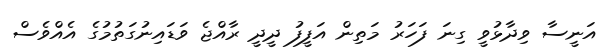
އަނީސާ ވިދާޅުވީ ގިނަ ފަހަރު މަތިން އަފީފު ދީދީ ރާއްޖެ ވަޑައިނުގަތުމުގެ އެއްވެސް